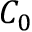
C _ { 0 }